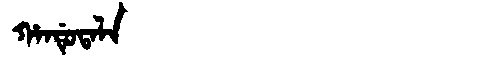
Manchu: ᡥᠠᠨᡩᡠᡨᠠᠯᠠ
Romanization: HANDUTALA